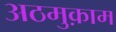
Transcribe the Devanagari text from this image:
अठमुक़ाम